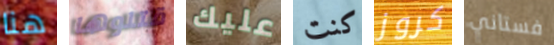
هنا قتلوها عليك كنت كروز فستاني